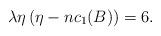
LaTeX: \begin{align*}\lambda\eta\left(\eta - n c_1(B)\right)=6.\end{align*}